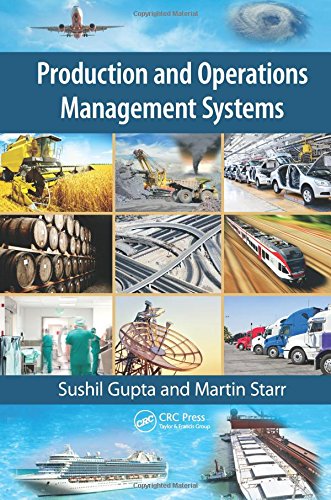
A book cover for Production and Operations Management Systems; Sushil Gupta; Business & Money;